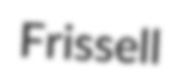
Frissell